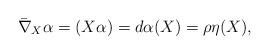
LaTeX: \begin{align*}{\bar\nabla}_{X}\alpha = (X\alpha) = d\alpha(X) = \rho\eta(X),\end{align*}